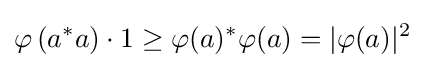
\varphi \left(a^{*}a\right)\cdot 1\geq \varphi (a)^{*}\varphi (a)=|\varphi (a)|^{2}